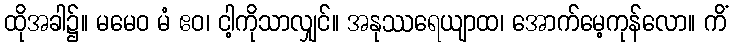
ထိုအခါ၌။ မမေဝ မံ ဧဝ၊ ငါ့ကိုသာလျှင်။ အနုဿရေယျာထ၊ အောက်မေ့ကုန်လော။ ကိံ